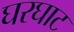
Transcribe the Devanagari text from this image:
घरघाट